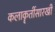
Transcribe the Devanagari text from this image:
कलाकॄतींसारखी